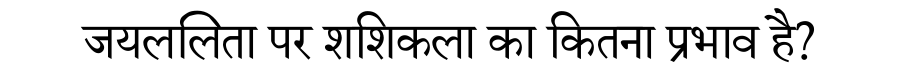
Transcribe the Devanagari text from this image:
जयललिता पर शशिकला का कितना प्रभाव है?